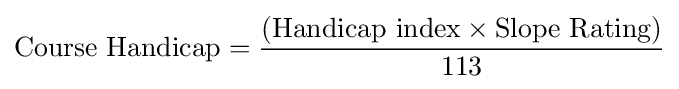
{\mbox{Course Handicap}}={\frac {({\mbox{Handicap index}}\times {\mbox{Slope Rating}})}{113}}